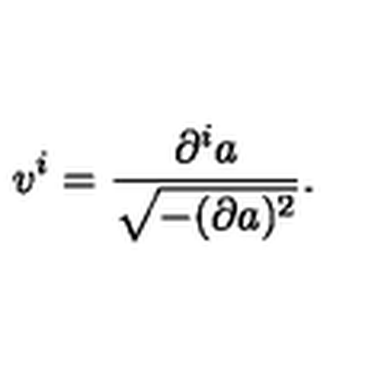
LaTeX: v ^ { i } = \frac { \partial ^ { i } a } { \sqrt { - ( \partial a ) ^ { 2 } } } .